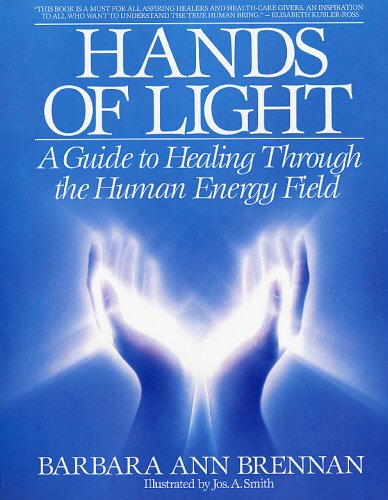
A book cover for Hands of Light: A Guide to Healing Through the Human Energy Field; Barbara Brennan; Self-Help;